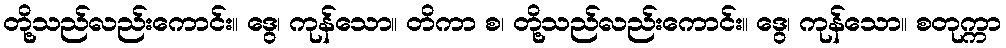
တို့သည်လည်းကောင်း။ ဒွေ၊ ကုန်သော။ တိကာ စ၊ တို့သည်လည်းကောင်း။ ဒွေ၊ ကုန်သော။ စတုက္ကာ